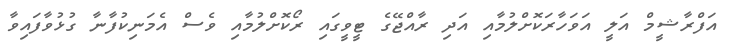
އަފްރާޝީމް އަލީ އަވަހާރަކޮށްލުމާއި އަދި ރާއްޖޭގެ ޓީވީގައި ރޯކޮށްލުމާއި ވެސް އެމަނިކުފާނާ ގުޅުވާފައިވާ